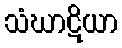
သံဃာဋိယာ